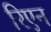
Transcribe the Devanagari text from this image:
रिएन